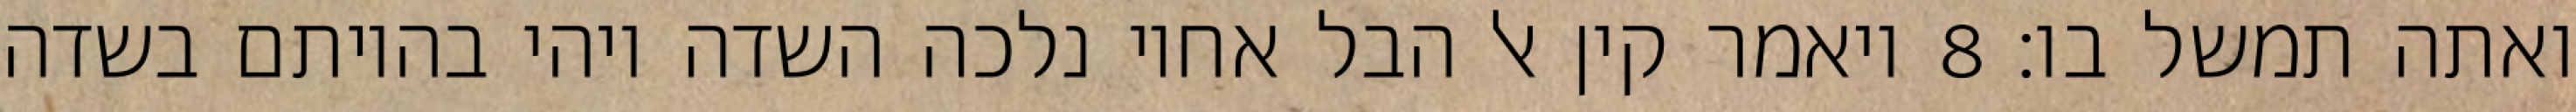
ואתה תמשל בו׃ ‎8‏ ויאמר קין אל הבל אחיו נלכה השדה ויהי בהיותם בשדה